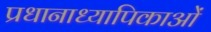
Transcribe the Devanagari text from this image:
प्रधानाध्यापिकाओं